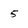
Character: 5